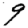
Digit: 9